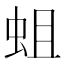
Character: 蛆